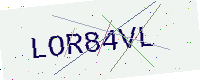
Text: LOR84VL